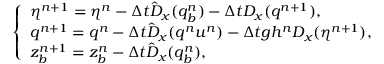
\left\{ \begin{array} { l l } { \eta ^ { n + 1 } = \eta ^ { n } - \Delta t \hat { D } _ { x } ( q _ { b } ^ { n } ) - \Delta t D _ { x } ( q ^ { n + 1 } ) , } \\ { q ^ { n + 1 } = q ^ { n } - \Delta t \hat { D } _ { x } ( q ^ { n } u ^ { n } ) - \Delta t g h ^ { n } D _ { x } ( \eta ^ { n + 1 } ) , } \\ { z _ { b } ^ { n + 1 } = z _ { b } ^ { n } - \Delta t \hat { D } _ { x } ( q _ { b } ^ { n } ) , } \end{array} \right.